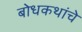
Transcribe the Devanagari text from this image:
बोधकथांचे